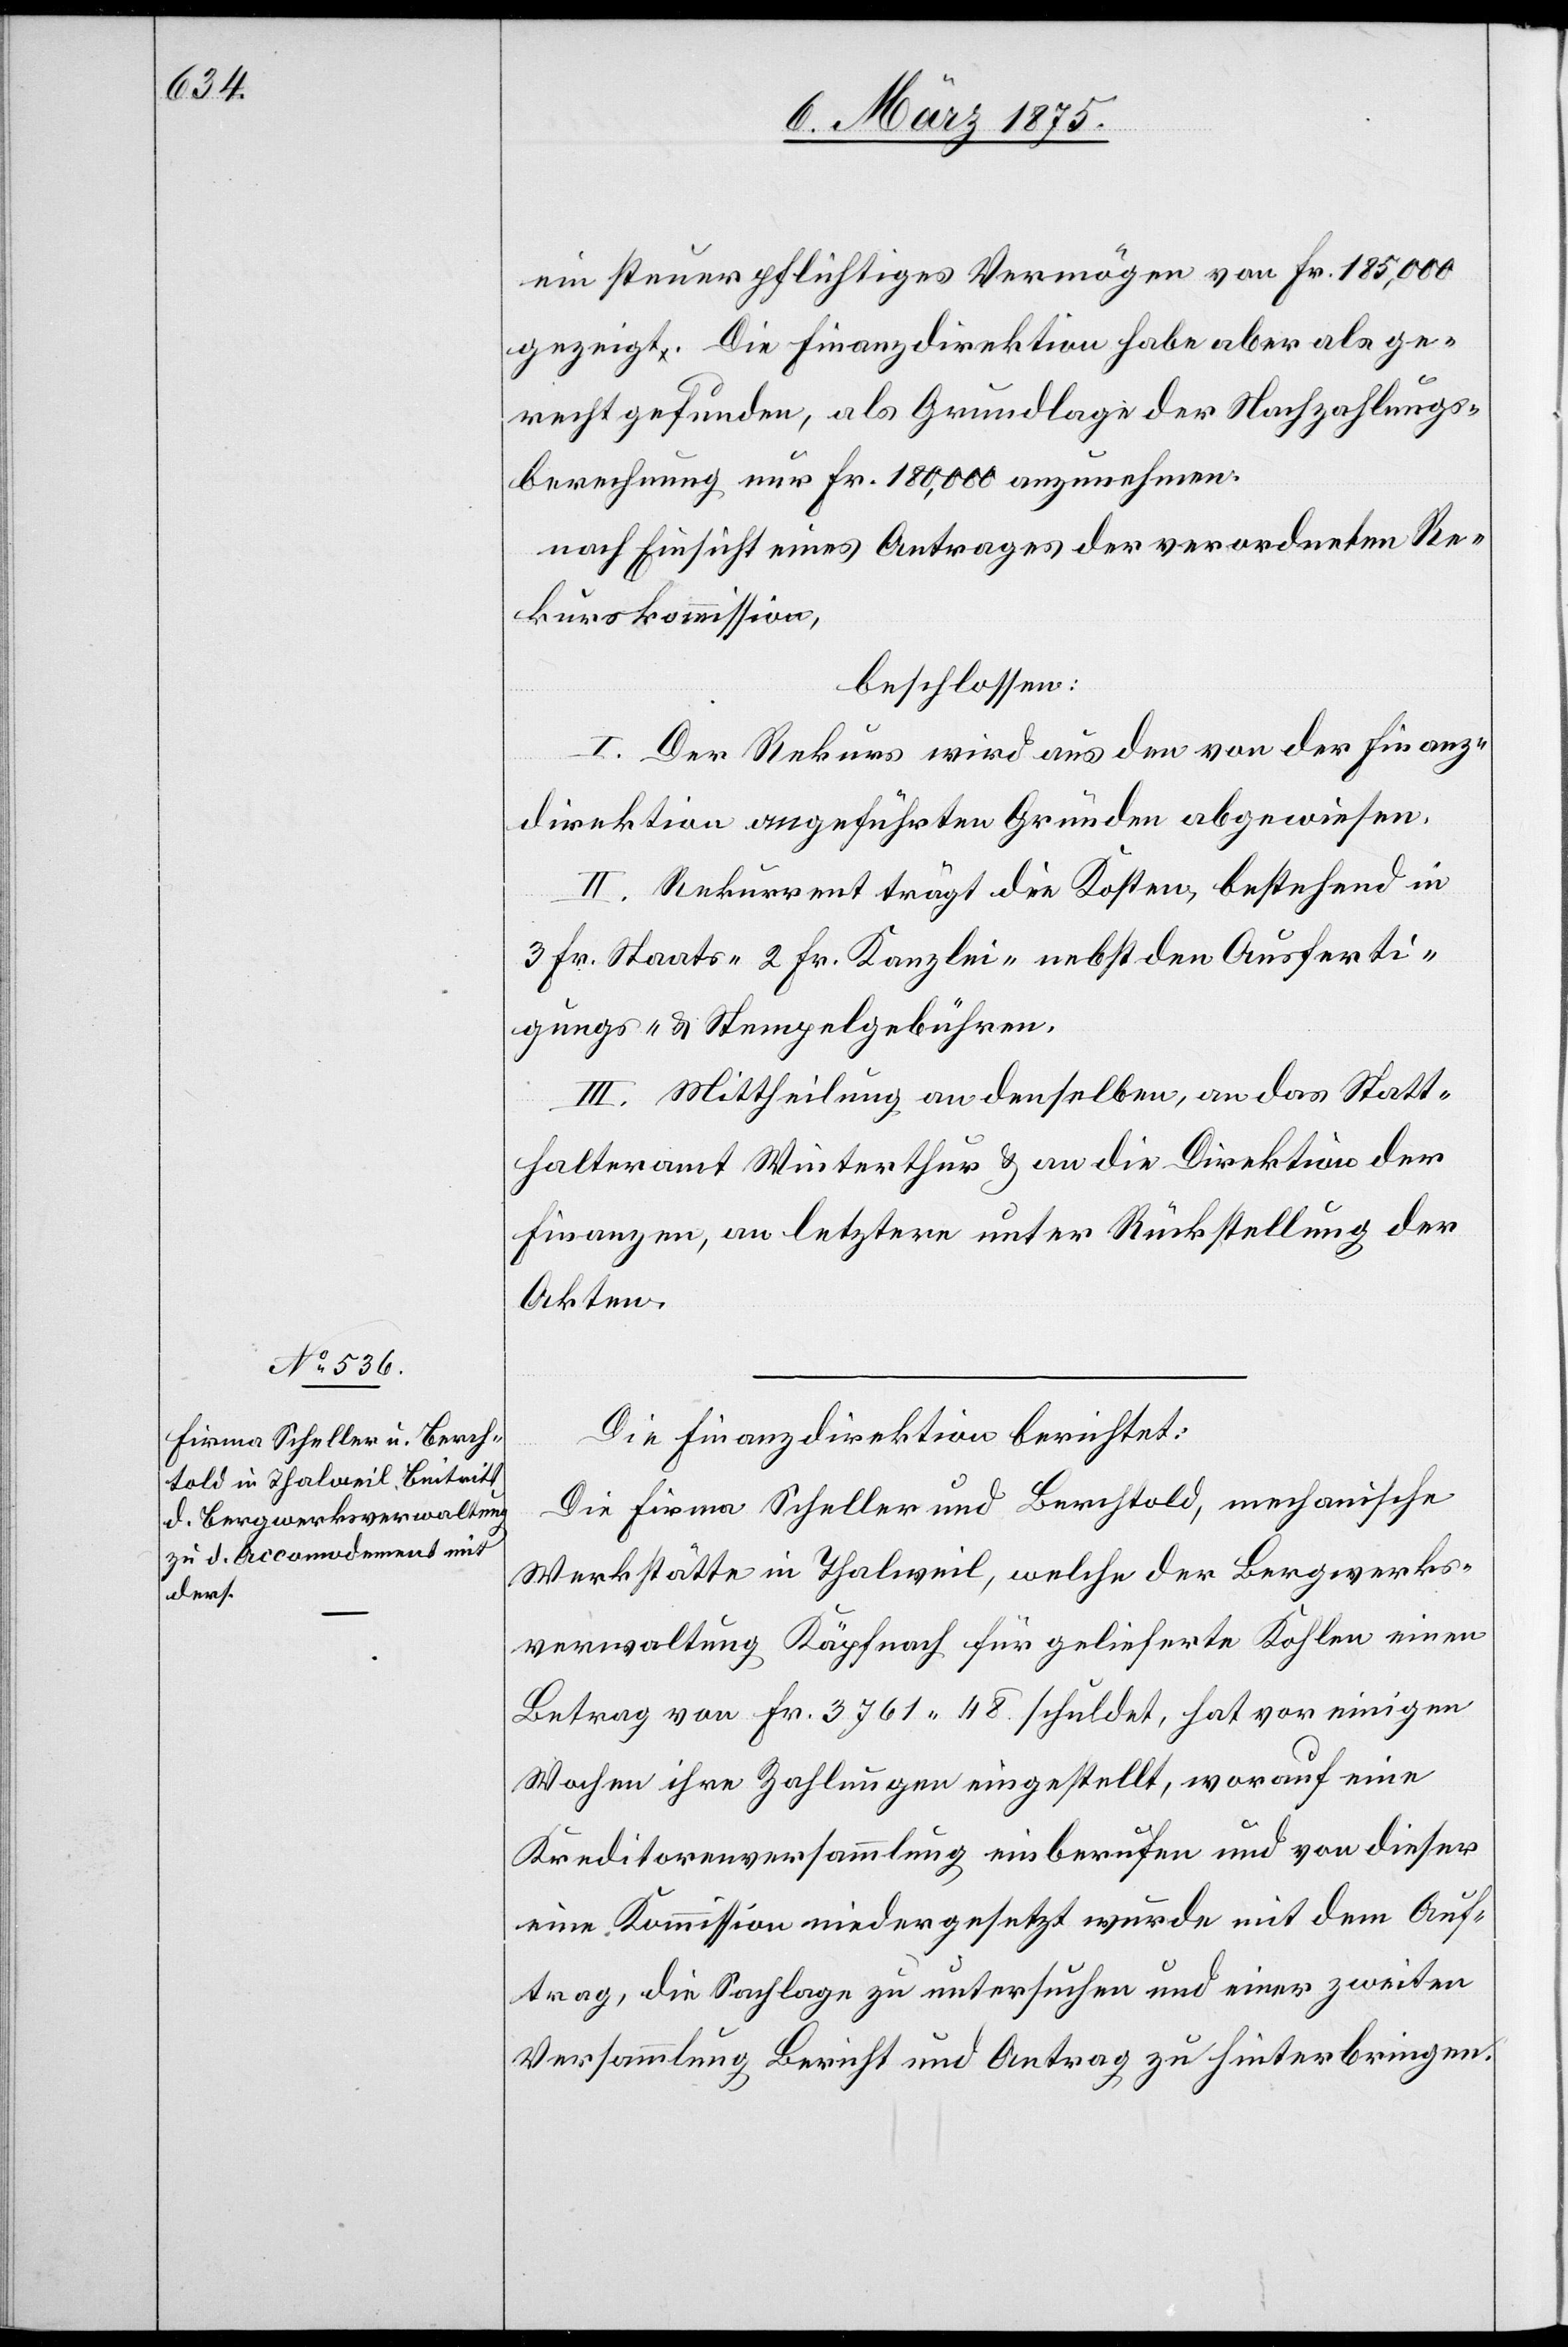
ein steuerpflichtiges Vermögen von Fr. 185,000
gezeigt. Die Finanzdirektion habe aber als ge¬
recht gefunden, als Grundlage der Nachzahlungs¬
berechnung nur Fr. 180,000 anzunehmen.
nach Einsicht eines Antrages der verordneten Re¬
kurskommission,
beschlossen:
I. Der Rekurs wird aus den von der Finanz¬
direktion angeführten Gründen abgewiesen.
II. Rekurrent trägt die Kosten, bestehend in
3 Fr. Staats- 2 Fr. Kanzlei- nebst den Ausferti¬
gungs- & Stempelgebühren.
III. Mittheilung an denselben, an das Statt¬
halteramt Winterthur & an die Direktion der
Finanzen, an letztere unter Rückstellung der
Akten.
Die Finanzdirektion berichtet:
Die Firma Scheller und Berchtold, mechanische
Werkstätte in Thalweil, welche der Bergwerks¬
verwaltung Käpfnach für gelieferte Kohlen einen
Betrag von Fr. 3761 48. schuldet, hat vor einigen
Wochen ihre Zahlungen eingestellt, worauf eine
Kreditorenversammlung einberufen und von dieser
eine Kommission wiedereingesetzt wurde mit dem Auf¬
trag, die Sachlage zu untersuchen und einer zweiten
Versammlung Bericht und Antrag zu hinterbringen.